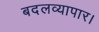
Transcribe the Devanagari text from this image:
बदलव्यापार।